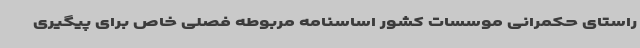
راستای حکمرانی موسسات کشور اساسنامه‌ مربوطه فصلی خاص برای پیگیری